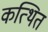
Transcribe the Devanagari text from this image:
कत्थित